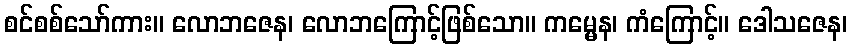
စင်စစ်သော်ကား။ လောဘဇေန၊ လောဘကြောင့်ဖြစ်သော။ ကမ္မေန၊ ကံကြောင့်။ ဒေါသဇေန၊